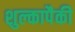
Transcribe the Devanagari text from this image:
शुल्कापैकी